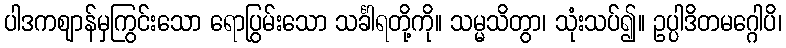
ပါဒကဈာန်မှကြွင်းသော ရောပြွမ်းသော သင်္ခါရတို့ကို။ သမ္မသိတွာ၊ သုံးသပ်၍။ ဥပ္ပါဒိတမဂ္ဂေါပိ၊